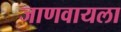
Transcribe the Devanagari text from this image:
जाणवायला